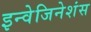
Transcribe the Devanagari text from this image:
इन्वेजिनेशंस